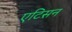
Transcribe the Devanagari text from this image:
एटिसन